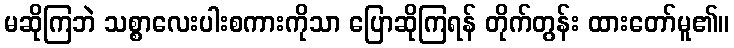
မဆိုကြဘဲ သစ္စာလေးပါးစကားကိုသာ ပြောဆိုကြရန် တိုက်တွန်း ထားတော်မူ၏။